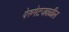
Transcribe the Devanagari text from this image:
पेरुगेटजवळील